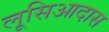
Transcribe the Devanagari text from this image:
लूसिआदास